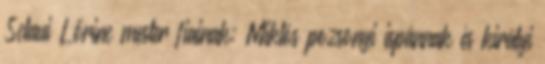
Sclaui Lőrinc mester fiainak: Miklós pozsonyi ispánnak és királyi